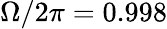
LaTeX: \Omega/2\pi=0.998